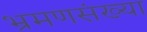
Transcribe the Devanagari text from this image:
भ्रमणसंख्या